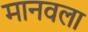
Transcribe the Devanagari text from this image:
मानवला